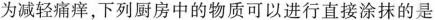
为减轻痛痒，下列厨房中的物质可以进行直接涂抹的是